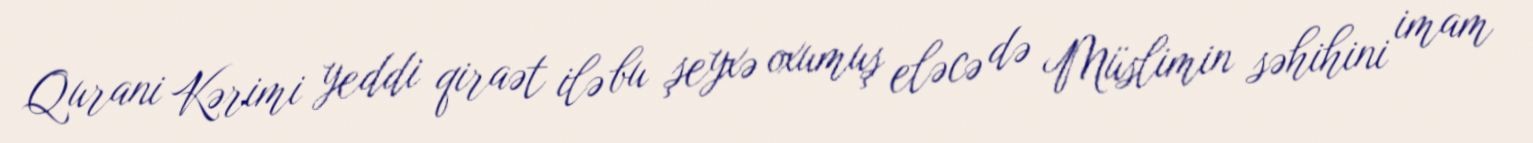
Qurani Kərimi yeddi qiraət ilə bu şeyxə oxumuş eləcə də Müslimin səhihini imam